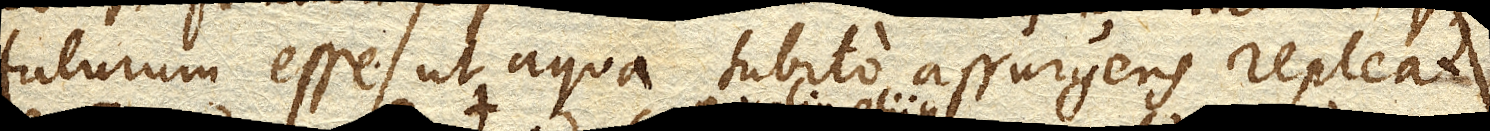
futurum esse ut aqua subito assurgens repleat